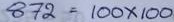
872 = 100 x 100